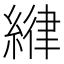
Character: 𦂻